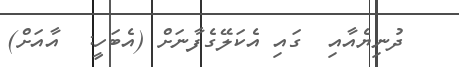
ދުނިޔެއާއި  ގައި އެކަލޭގެފާނަށް (އެބަހީ:  އާއަށް)